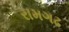
રામગઢ